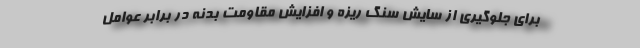
برای جلوگیری از سایش سنگ ریزه و افزایش مقاومت بدنه در برابر عوامل